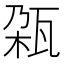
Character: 𬎨